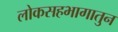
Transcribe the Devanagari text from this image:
लोकसहभागातुन